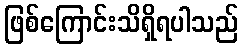
ဖြစ်ကြောင်းသိရှိရပါသည်